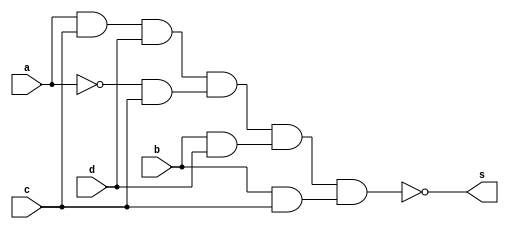
//--------------------
// LUIZ MARQUES DE OLIVEIRA
// GUIA 08 - EXERCICIO 04
//-------------------- 


//------------------------
//-- module exercicio04
//------------------------

module exercicio04(s,a,b,c,d);

output s;
input a,b,c,d;
wire temp1,temp2,temp3,temp4,temp5,temp6,temp7,temp8,temp9,temp10;

nand NAND1 (temp1,c,c);
nand NAND2 (temp2,a,c,d);
nand NAND3 (temp10,temp2,temp2);
nand NAND4 (temp3,a,a);
nand NAND5 (temp4,temp3,c);
nand NAND6 (temp5,temp4,temp4);
nand NAND7 (temp6,b,d);
nand NAND8 (temp7,temp6,temp6);
nand NAND9 (temp8,b,c);
nand NAND10 (temp9,temp8,temp8);
nand NAND11 (s,temp10,temp5,temp7,temp9);

endmodule

//-------------------
//--testexercicio04
//-------------------

module testexercicio04;
reg a,b,c,d;
wire s;

//instancia

exercicio04 EX04(s,a,b,c,d);




initial begin:start

a=0; b=0; c=0; d=0;
        
		  end
		  
		  initial begin:main
		  
$display (" LUIZ MARQUES DE OLIVEIRA");
$display (" GUIA 08 - EXERCICIO 04");
$display (" a |  b |  c |  d  =  s ");
$monitor (" %b  | %b  | %b |  %b  =   %b ",a,b,c,d,s);
           #1 a=0;    b=0;   c=0;   d=1;
			  #1 a=0;    b=0;   c=1;   d=0;
			  #1 a=0;    b=0;   c=1;   d=1;
			  #1 a=0;    b=1;   c=0;   d=0;
			  #1 a=0;    b=1;   c=0;   d=1;
			  #1 a=0;    b=1;   c=1;   d=0;
			  #1 a=0;    b=1;   c=1;   d=1;
			  #1 a=1;    b=0;   c=0;   d=0;
			  #1 a=1;    b=0;   c=0;   d=1;
			  #1 a=1;    b=0;   c=1;   d=0;
			  #1 a=1;    b=0;   c=1;   d=1;
			  #1 a=1;    b=1;   c=0;   d=0;
			  #1 a=1;    b=1;   c=0;   d=1;
			  #1 a=1;    b=1;   c=1;   d=0;
			  #1 a=1;    b=1;   c=1;   d=1;
			  
			  
			  
end
endmodule